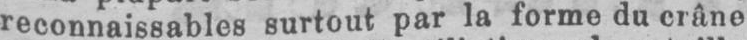
inconnaissables surtout par la forme du crâne